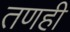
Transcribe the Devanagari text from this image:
तणही